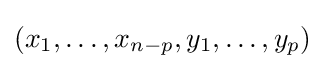
(x_{1},\ldots ,x_{n-p},y_{1},\ldots ,y_{p})